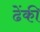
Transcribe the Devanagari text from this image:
ढेंकी